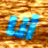
أنا